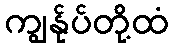
ကျွန်ုပ်တို့ထံ